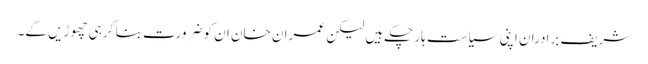
شریف برادران اپنی سیاست ہار چکےہیں لیکن عمران خان ان کو ضرورت بنا کر ہی چھوڑیں گے۔